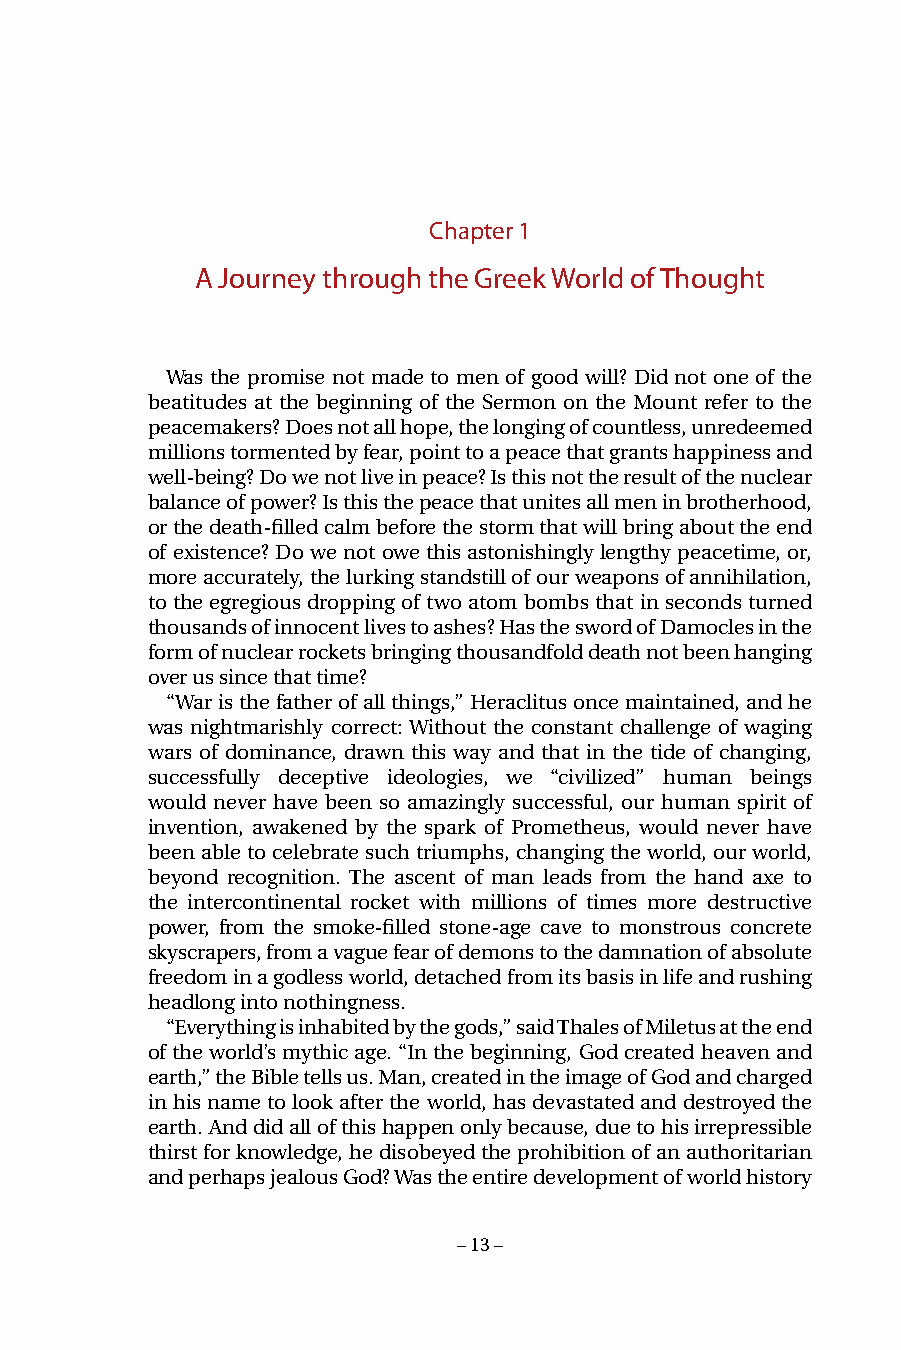
Chapter 1
 A Journey through the Greek World of Thought
 Was the promise not made to men of good will? Did not one of the
 beatitudes at the beginning of the Sermon on the Mount refer to the
 peacemakers? Does not all hope, the longing of countless, unredeemed
 millions tormented by fear, point to a peace that grants happiness and
 well-being? Do we not live in peace? Is this not the result of the nuclear
 balance of power? Is this the peace that unites all men in brotherhood,
 or the death-filled calm before the storm that will bring about the end
 of existence? Do we not owe this astonishingly lengthy peacetime, or,
 more accurately, the lurking standstill of our weapons of annihilation,
 to the egregious dropping of two atom bombs that in seconds turned
 thousands of innocent lives to ashes? Has the sword of Damocles in the
 form of nuclear rockets bringing thousandfold death not been hanging
 over us since that time?
 “War is the father of all things,” Heraclitus once maintained, and he
 was nightmarishly correct: Without the constant challenge of waging
 wars of dominance, drawn this way and that in the tide of changing,
 successfully deceptive ideologies, we “civilized” human beings
 would never have been so amazingly successful, our human spirit of
 invention, awakened by the spark of Prometheus, would never have
 been able to celebrate such triumphs, changing the world, our world,
 beyond recognition. The ascent of man leads from the hand axe to
 the intercontinental rocket with millions of times more destructive
 power, from the smoke-filled stone-age cave to monstrous concrete
 skyscrapers, from a vague fear of demons to the damnation of absolute
 freedom in a godless world, detached from its basis in life and rushing
 headlong into nothingness.
 “Everything is inhabited by the gods,” said Thales of Miletus at the end
 of the world’s mythic age. “In the beginning, God created heaven and
 earth,” the Bible tells us. Man, created in the image of God and charged
 in his name to look after the world, has devastated and destroyed the
 earth. And did all of this happen only because, due to his irrepressible
 thirst for knowledge, he disobeyed the prohibition of an authoritarian
 and perhaps jealous God? Was the entire development of world history
 – 13 –